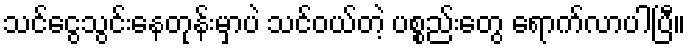
သင်ငွေသွင်းနေတုန်းမှာပဲ သင်ဝယ်တဲ့ ပစ္စည်းတွေ ရောက်လာပါပြီ။